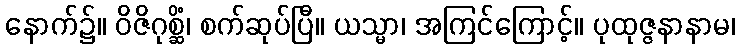
နောက်၌။ ဝိဇိဂုစ္ဆိံ၊ စက်ဆုပ်ပြီ။ ယသ္မာ၊ အကြင်ကြောင့်။ ပုထုဇ္ဇနာနာမ၊